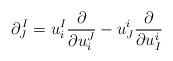
LaTeX: \begin{align*} \partial^{\,I}_J = u^I_i{\partial\over\partial u^J_i} - u^i_J{\partial\over\partial u^i_I}\end{align*}